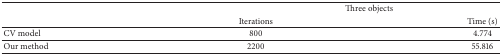
|  | <COLSPAN=2> Three objects |
 |  | Iterations | Time (s) |
 | --- | --- | --- |
 | CV model | 800 | 4.774 |
 | Our method | 2200 | 55.816 |